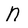
Character: N